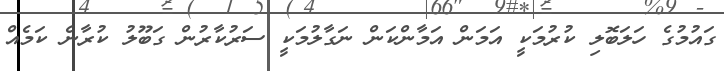
ގައުމުގެ ހަލަބޮލި ކުރުމަކީ އަމަން އަމާންކަން ނަގާލުމަކީ ސަރުކާރުން ގަބޫލު ކުރާނެ ކަމެއް